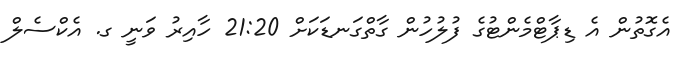
އެގޮތުން އެ ޑިޕާޓްމެންޓުގެ ފުލުހުން ގާތްގަނޑަކަށް 21:20 ހާއިރު ވަނީ ގ. އެކްސެލް